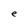
Character: e